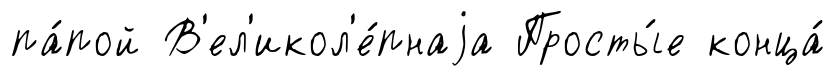
па́пой В'ел'икол'е́пнаjа Просты́е конца́